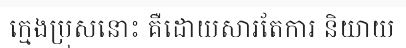
ក្មេងប្រុសនោះ គឺដោយសារតែការ និយាយ